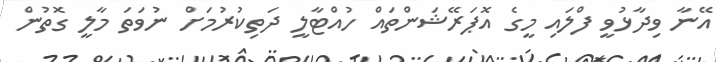
އޭނާ ވިދާޅުވީ ފްލައި މީގެ އޮޕަރޭޝަންތައް ހުއްޓާލީ ދަތިކުރުމަށް ނުވަތަ މާލީ ގޮތުން